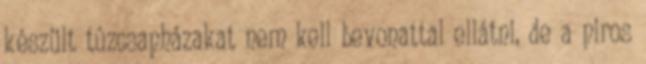
készült tûzcsapházakat nem kell bevonattal ellátni, de a piros